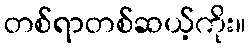
တစ်ရာတစ်ဆယ့်ကိုး။